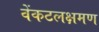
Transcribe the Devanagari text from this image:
वेंकटलक्षमण